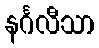
နင်္ဂလီသာ